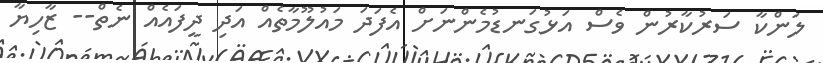
ލަންކާ ސަރުކާރުން ވެސް އަޅުގަނޑުމެންނަށް އެފަދަ މައުލޫމާތެއް އަދި ދީފައެއް ނެތް-- ޒާހިޔާ